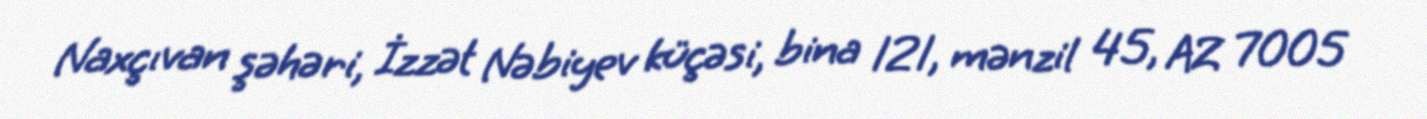
Naxçıvan şəhəri, İzzət Nəbiyev küçəsi, bina 121, mənzil 45, AZ 7005